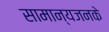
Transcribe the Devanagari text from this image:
सामान्यजनके